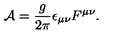
{ \cal A } = { \frac { g } { 2 \pi } } \epsilon _ { \mu \nu } F ^ { \mu \nu } .